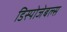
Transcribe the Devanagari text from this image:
डिस्पोजेबल्स